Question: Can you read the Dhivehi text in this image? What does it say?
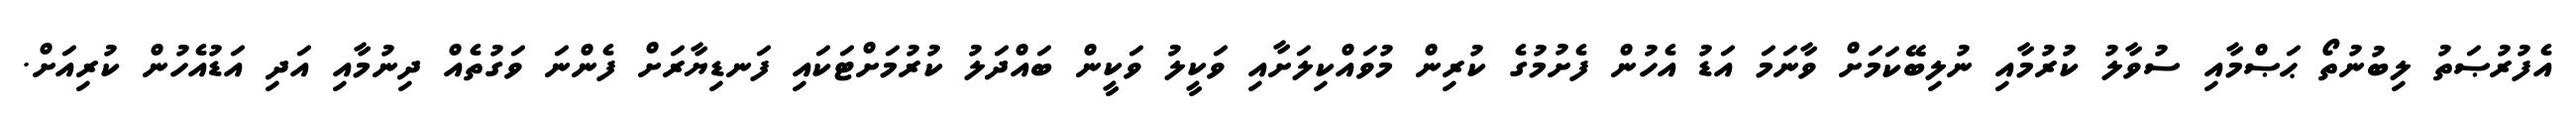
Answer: އެފުރުޞަތު ލިބުނުތޯ ޙަޞްމާއި ސުވާލު ކުރުމާއި ނުލިބޭކަމަށް ވާނަމަ އަޑު އެހުން ފެށުމުގެ ކުރިން މުވައްކިލަށާއި ވަކީލު ވަކީން ބައްދަލު ކުރުމަށްޓަކައި ފަނޑިޔާރަށް ފެންނަ ވަގުތެއް ދިނުމާއި އަދި އަޑުއެހުން ކުރިއަށް.